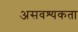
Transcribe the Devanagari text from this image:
असवश्यकता